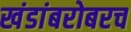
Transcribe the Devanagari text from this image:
खंडांबरोबरच